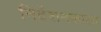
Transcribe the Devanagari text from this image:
निर्देशनशाला